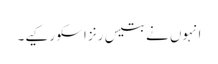
انہوں نے بتیس رنز اسکو رکیے۔